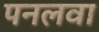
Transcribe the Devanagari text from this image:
पनलवा